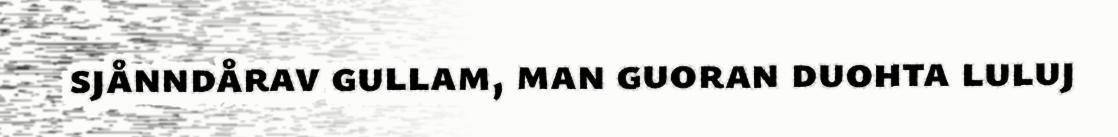
sjånndårav gullam, man guoran duohta luluj